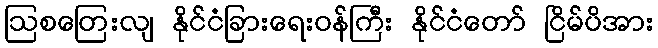
ဩစတြေးလျ နိုင်ငံခြားရေးဝန်ကြီး နိုင်ငံတော် ငြိမ်ပိအား